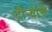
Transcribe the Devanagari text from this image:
दौर्‍यांचे